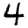
Digit: 4